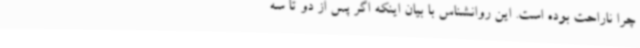
چرا ناراحت بوده است. این روانشناس با بیان اینکه اگر پس از دو تا سه